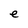
Character: e